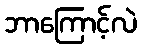
ဘာကြောင့်လဲ